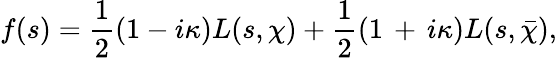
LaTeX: f(s)={\frac{1}{2}}(1-i\kappa)L(s,\chi)+{\frac{1}{2}}(1\, +\, i\kappa)L(s,{\bar{\chi}}),